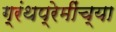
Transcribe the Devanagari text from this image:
ग्रंथप्रेमींच्या